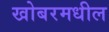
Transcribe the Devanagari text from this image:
खोबरमधील